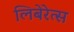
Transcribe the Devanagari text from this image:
लिबेरेत्स